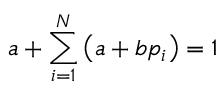
a + \sum _ { i = 1 } ^ { N } \left( a + b p _ { i } \right) = 1